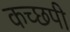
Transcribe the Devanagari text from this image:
कच्छपी